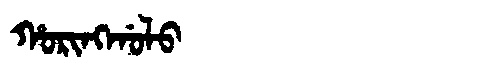
Manchu: ᡥᠣᡵᡳᠩᡤᠣᠯᠣ
Romanization: HORINGGOLO